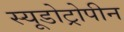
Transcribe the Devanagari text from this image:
स्यूडोट्रोपीन